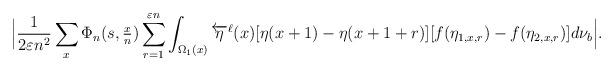
LaTeX: \begin{align*} \Big| \frac{1}{2 \varepsilon n^2}\sum_{x} \Phi_n(s, \tfrac{x}{n} ) \sum_{r=1}^{\varepsilon n} \int_{\Omega_1(x)}\overleftarrow{\eta}^{\ell}(x) [\eta(x+1)-\eta(x+1+r) ] [ f ( \eta_{1,x,r} ) - f ( \eta_{2,x,r} ) ] d\nu_{b} \Big|.\end{align*}